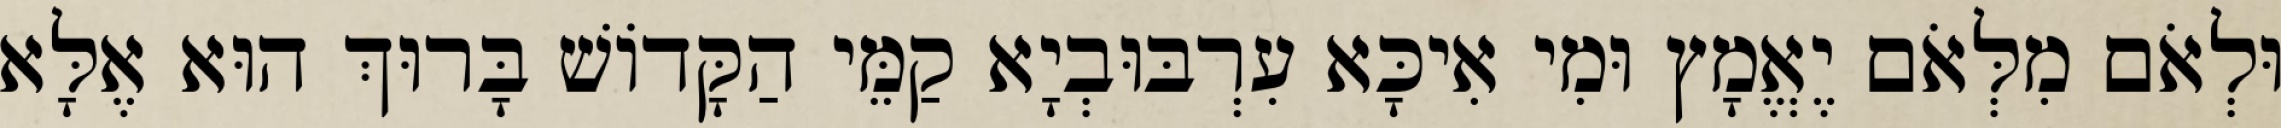
וּלְאֹם מִלְּאֹם יֶאֱמָץ וּמִי אִיכָּא עִרְבּוּבְיָא קַמֵּי הַקָּדוֹשׁ בָּרוּךְ הוּא אֶלָּא